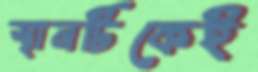
স্থানটিকেই